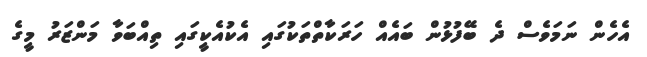
އެހެން ނަމަވެސް ދެ ބޭފުޅުން ބައެއް ހަރަކާތްތަކުގައި އެކުއެކީގައި ތިއްބަވާ މަންޒަރު މީގެ